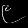
Digit: ၉